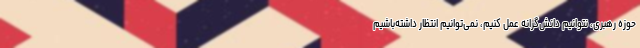
حوزه رهبری، نتوانیم دانش‌گرانه عمل کنیم، نمی‌توانیم انتظار داشته‌باشیم